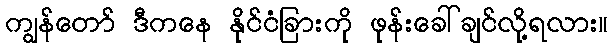
ကျွန်တော် ဒီကနေ နိုင်ငံခြားကို ဖုန်းခေါ်ချင်လို့ရလား။